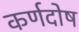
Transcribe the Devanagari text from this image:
कर्णदोष